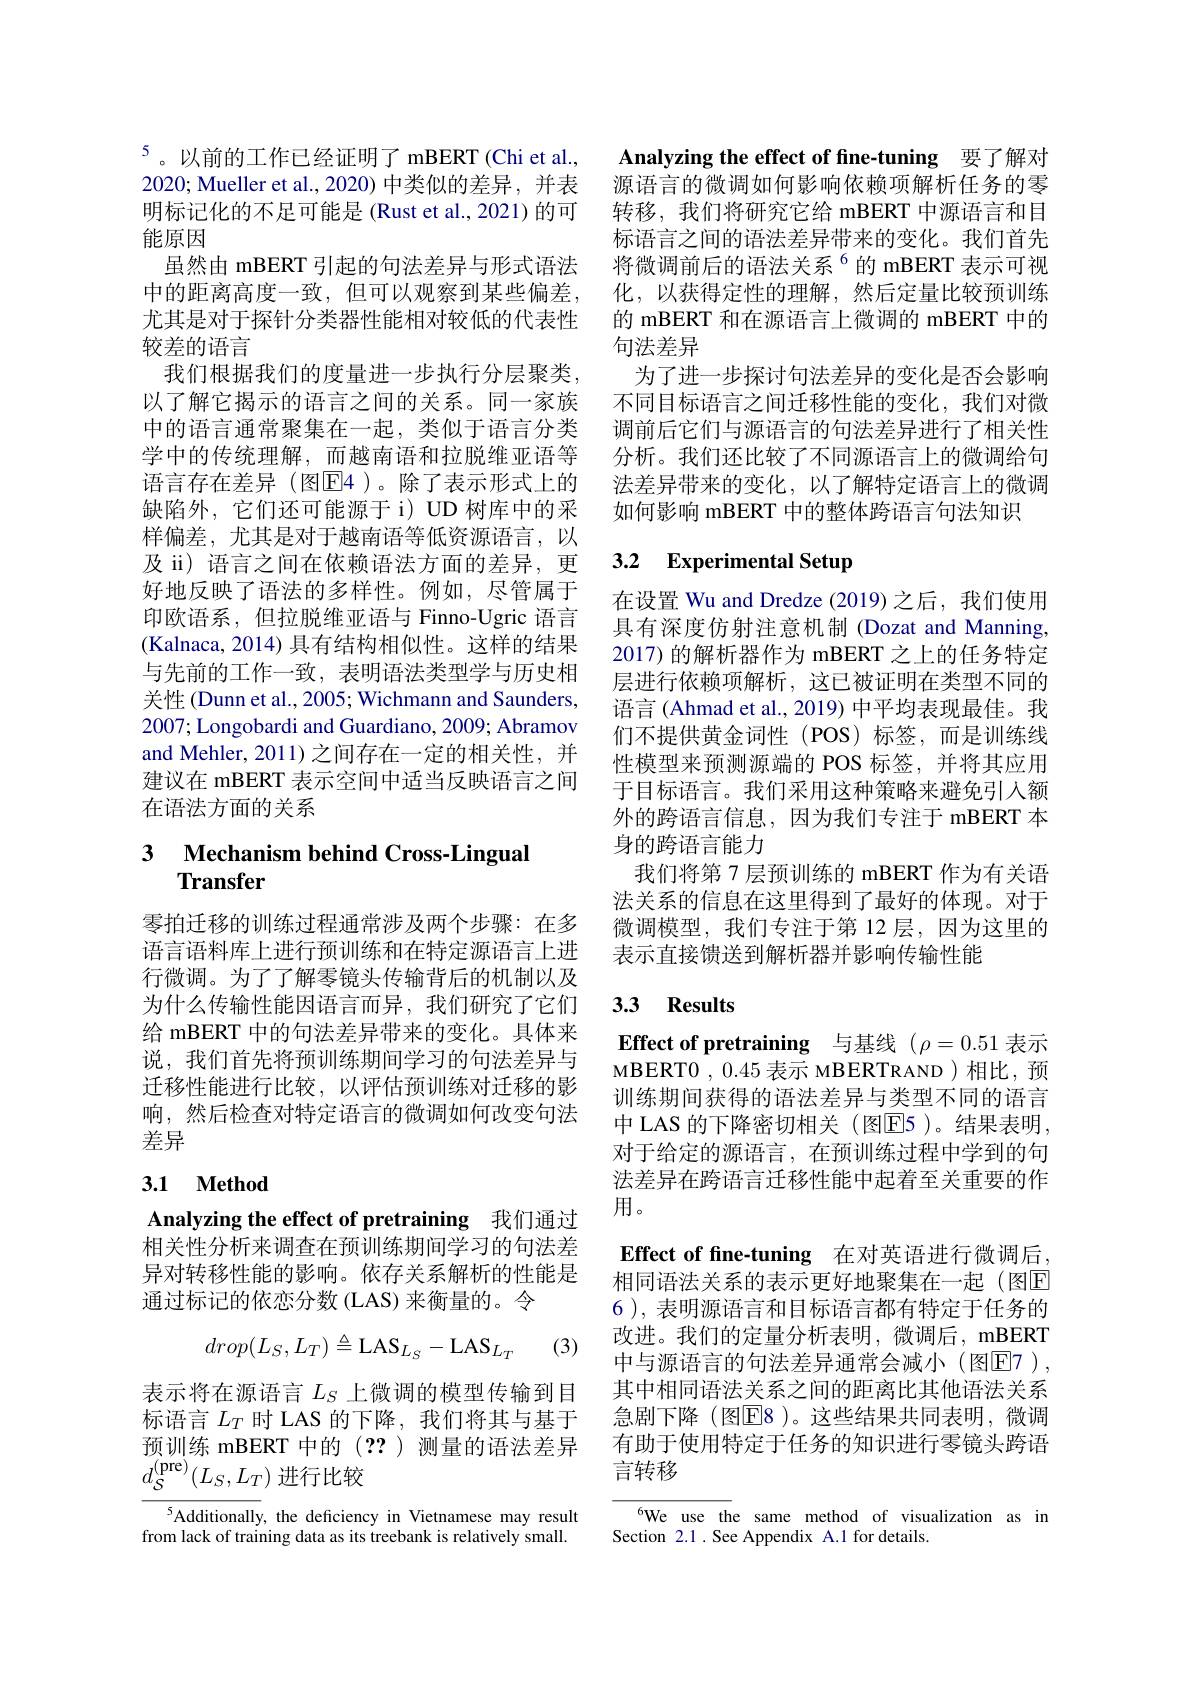
$^{5}$。以前的工作已经证明了 mBERT(Chi et al., 2020; Mueller et al.,2020)中类似的差异，并表明标记化的不足可能是(Rust et al., 2021)的可能原因
虽然由 mBERT 引起的句法差异与形式语法中的距离高度一致，但可以观察到某些偏差， 尤其是对于探针分类器性能相对较低的代表性较差的语言
我们根据我们的度量进一步执行分层聚类， 以了解它揭示的语言之间的关系。同一家族中的语言通常聚集在一起，类似于语言分类学中的传统理解，而越南语和拉脱维亚语等语言存在差异(图$\overline{\mathrm{E}}4$)。除了表示形式上的缺陷外，它们还可能源于 i) UD 树库中的采样偏差，尤其是对于越南语等低资源语言，以及 ii) 语言之间在依赖语法方面的差异，更好地反映了语法的多样性。例如，尽管属于印欧语系，但拉脱维亚语与 Finno-Ugric 语言(Kalnaca,2014) 具有结构相似性。这样的结果与先前的工作一致，表明语法类型学与历史相关性 (Dunn et al., 2005; Wichmann and Saunders, 2007;Longobardi and Guardiano, 2009; Abramov and Mehler, 2011)之间存在一定的相关性，并建议在 mBERT 表示空间中适当反映语言之间在语法方面的关系

## 3 Mechanism behind Cross-Lingual Transfer

零拍迁移的训练过程通常涉及两个步骤：在多语言语料库上进行预训练和在特定源语言上进行微调。为了了解零镜头传输背后的机制以及为什么传输性能因语言而异，我们研究了它们给 mBERT 中的句法差异带来的变化。具体来说，我们首先将预训练期间学习的句法差异与迁移性能进行比较，以评估预训练对迁移的影响，然后检查对特定语言的微调如何改变句法差异

## 3.1 Method

Analyzing the effect of pretraining 我们通过相关性分析来调查在预训练期间学习的句法差异对转移性能的影响。依存关系解析的性能是通过标记的依恋分数 (LAS) 来衡量的。令
$$drop(L_S,L_T)\triangleq\mathrm{LAS}_{L_S}-\mathrm{LAS}_{L_T}$$
(3)

表示将在源语言$L_S$上微调的模型传输到目标语言$L_T$时 LAS 的下降，我们将其与基于预训练 mBERT 中的(??)测量的语法差异$d_{\mathcal{S}}^{(\mathrm{pre})}(L_{S},L_{T})$进行比较

$^{5}$Additionally, the deficiency in Vietnamese may result from lack of training data as its treebank is relatively small.

Analyzing the effect of fine-tuning 要了解对源语言的微调如何影响依赖项解析任务的零转移，我们将研究它给 mBERT 中源语言和目标语言之间的语法差异带来的变化。我们首先将微调前后的语法关系$^{6}$的 mBERT 表示可视化，以获得定性的理解，然后定量比较预训练的 mBERT 和在源语言上微调的 mBERT 中的句法差异
为了进一步探讨句法差异的变化是否会影响不同目标语言之间迁移性能的变化，我们对微调前后它们与源语言的句法差异进行了相关性分析。我们还比较了不同源语言上的微调给句法差异带来的变化，以了解特定语言上的微调如何影响 mBERT 中的整体跨语言句法知识

### 3.2 $\textbf{Experimental Setup}$

在设置 Wu and Dredze (2019)之后，我们使用具有深度仿射注意机制 (Dozat and Manning, 2017) 的解析器作为 mBERT 之上的任务特定层进行依赖项解析，这已被证明在类型不同的语言 (Ahmad et al., 2019) 中平均表现最佳。我们不提供黄金词性(POS)标签，而是训练线性模型来预测源端的 POS 标签，并将其应用于目标语言。我们采用这种策略来避免引入额外的跨语言信息，因为我们专注于 mBERT 本身的跨语言能力
我们将第 7 层预训练的 mBERT 作为有关语法关系的信息在这里得到了最好的体现。对于微调模型，我们专注于第 12 层，因为这里的表示直接馈送到解析器并影响传输性能

## 3.3 Results

Effect of pretraining 与基线$(\rho=0.51$表示MBERT0 , 0.45表示 MBERTRAND )相比，预训练期间获得的语法差异与类型不同的语言中 LAS 的下降密切相关 (图E5 )。结果表明， 对于给定的源语言，在预训练过程中学到的句法差异在跨语言迁移性能中起着至关重要的作用。

Effect of fne-tuning 在对英语进行微调后， 相同语法关系的表示更好地聚集在一起(图E 6 ), 表明源语言和目标语言都有特定于任务的改进。我们的定量分析表明，微调后，mBERT 中与源语言的句法差异通常会减小(图E7), 其中相同语法关系之间的距离比其他语法关系急剧下降 (图$\overline{\mathrm{E}}8$ )。这些结果共同表明，微调有助于使用特定于任务的知识进行零镜头跨语言转移

6We use the same method of visualization as in
Section 2.1 .See Appendix A.1 for details.